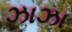
ઝાઝા